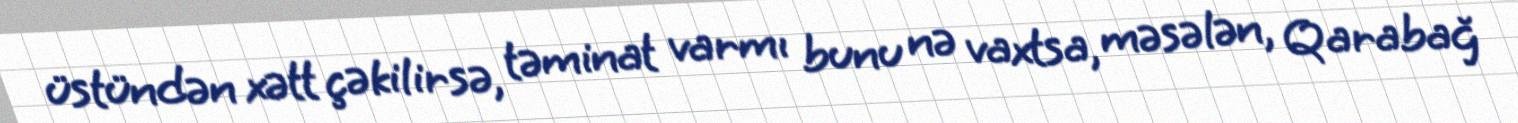
üstündən xətt çəkilirsə, təminat varmı bunu nə vaxtsa, məsələn, Qarabağ